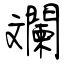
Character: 斕